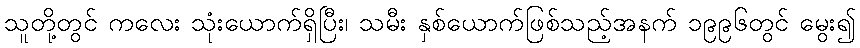
သူတို့တွင် ကလေး သုံးယောက်ရှိပြီး၊ သမီး နှစ်ယောက်ဖြစ်သည့်အနက် ၁၉၉၆တွင် မွေး၍